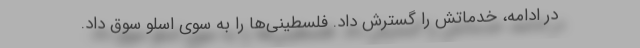
در ادامه، خدماتش را گسترش داد. فلسطینی‌ها را به سوی اسلو سوق داد.